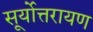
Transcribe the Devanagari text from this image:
सूर्योत्तरायण